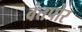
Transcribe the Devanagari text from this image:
वंतपोर